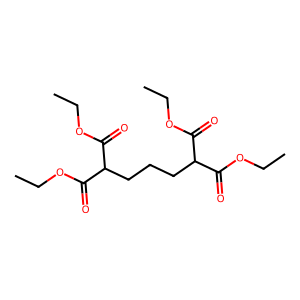
SMILES: CCOC(=O)C(CCCC(C(=O)OCC)C(=O)OCC)C(=O)OCC
Inhibits HIV replication: No